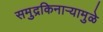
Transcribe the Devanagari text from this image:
समुद्रकिनाऱ्यामुळे